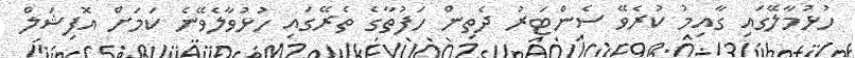
ހުޅުމާލޭގައި ގާއިމު ކުރެވޭ ސެންޓަރު ދެތިން ހަފުތާގެ ތެރޭގައި ހުޅުވާލެވޭނެ ކަމަށް އޮފިޝަލް